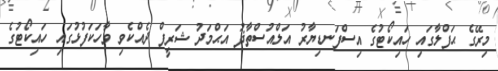
މިރޭގެ ޙަފްލާގައި ހައިކޯޓުގެ އިސްފަނޑިޔާރު އަލްއުސްތާޛު އަޙްމަދު ޝަރީފް ދެއްކެވި ވާހަކަފުޅުގައި ހައިކޯޓުގެ